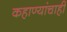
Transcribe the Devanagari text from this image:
कहाण्यांचाही